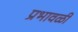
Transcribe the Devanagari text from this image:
प्रभावळी